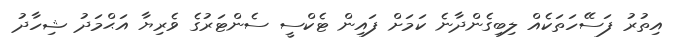
އިތުރު ފަސޭހަތަކެއް ލިބިގެންދާނެ ކަމަށް ފައިން ޓެކްސީ ސެންޓަރުގެ ވެރިޔާ އަޙްމަދު ޝިހާދު